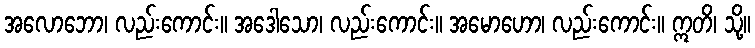
အလောဘော၊ လည်းကောင်း။ အဒေါသော၊ လည်းကောင်း။ အမောဟော၊ လည်းကောင်း။ ဣတိ၊ သို့။